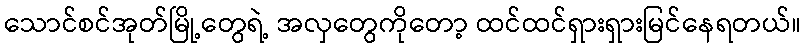
သောင်စင်အုတ်မြို့တွေရဲ့ အလှတွေကိုတော့ ထင်ထင်ရှားရှားမြင်နေရတယ်။